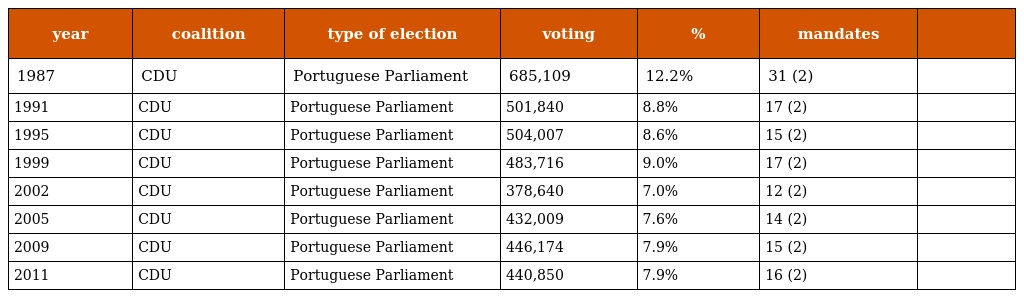
| year | coalition | type of election | voting | % | mandates |  |
 | --- | --- | --- | --- | --- | --- | --- |
 | 1987 | CDU | Portuguese Parliament | 685,109 | 12.2% | 31 (2) |  |
 | 1991 | CDU | Portuguese Parliament | 501,840 | 8.8% | 17 (2) |  |
 | 1995 | CDU | Portuguese Parliament | 504,007 | 8.6% | 15 (2) |  |
 | 1999 | CDU | Portuguese Parliament | 483,716 | 9.0% | 17 (2) |  |
 | 2002 | CDU | Portuguese Parliament | 378,640 | 7.0% | 12 (2) |  |
 | 2005 | CDU | Portuguese Parliament | 432,009 | 7.6% | 14 (2) |  |
 | 2009 | CDU | Portuguese Parliament | 446,174 | 7.9% | 15 (2) |  |
 | 2011 | CDU | Portuguese Parliament | 440,850 | 7.9% | 16 (2) |  |